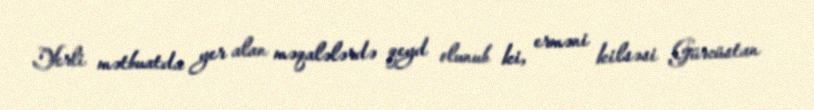
Yerli mətbuatda yer alan məqalələrdə qeyd olunub ki, erməni kilsəsi Gürcüstan